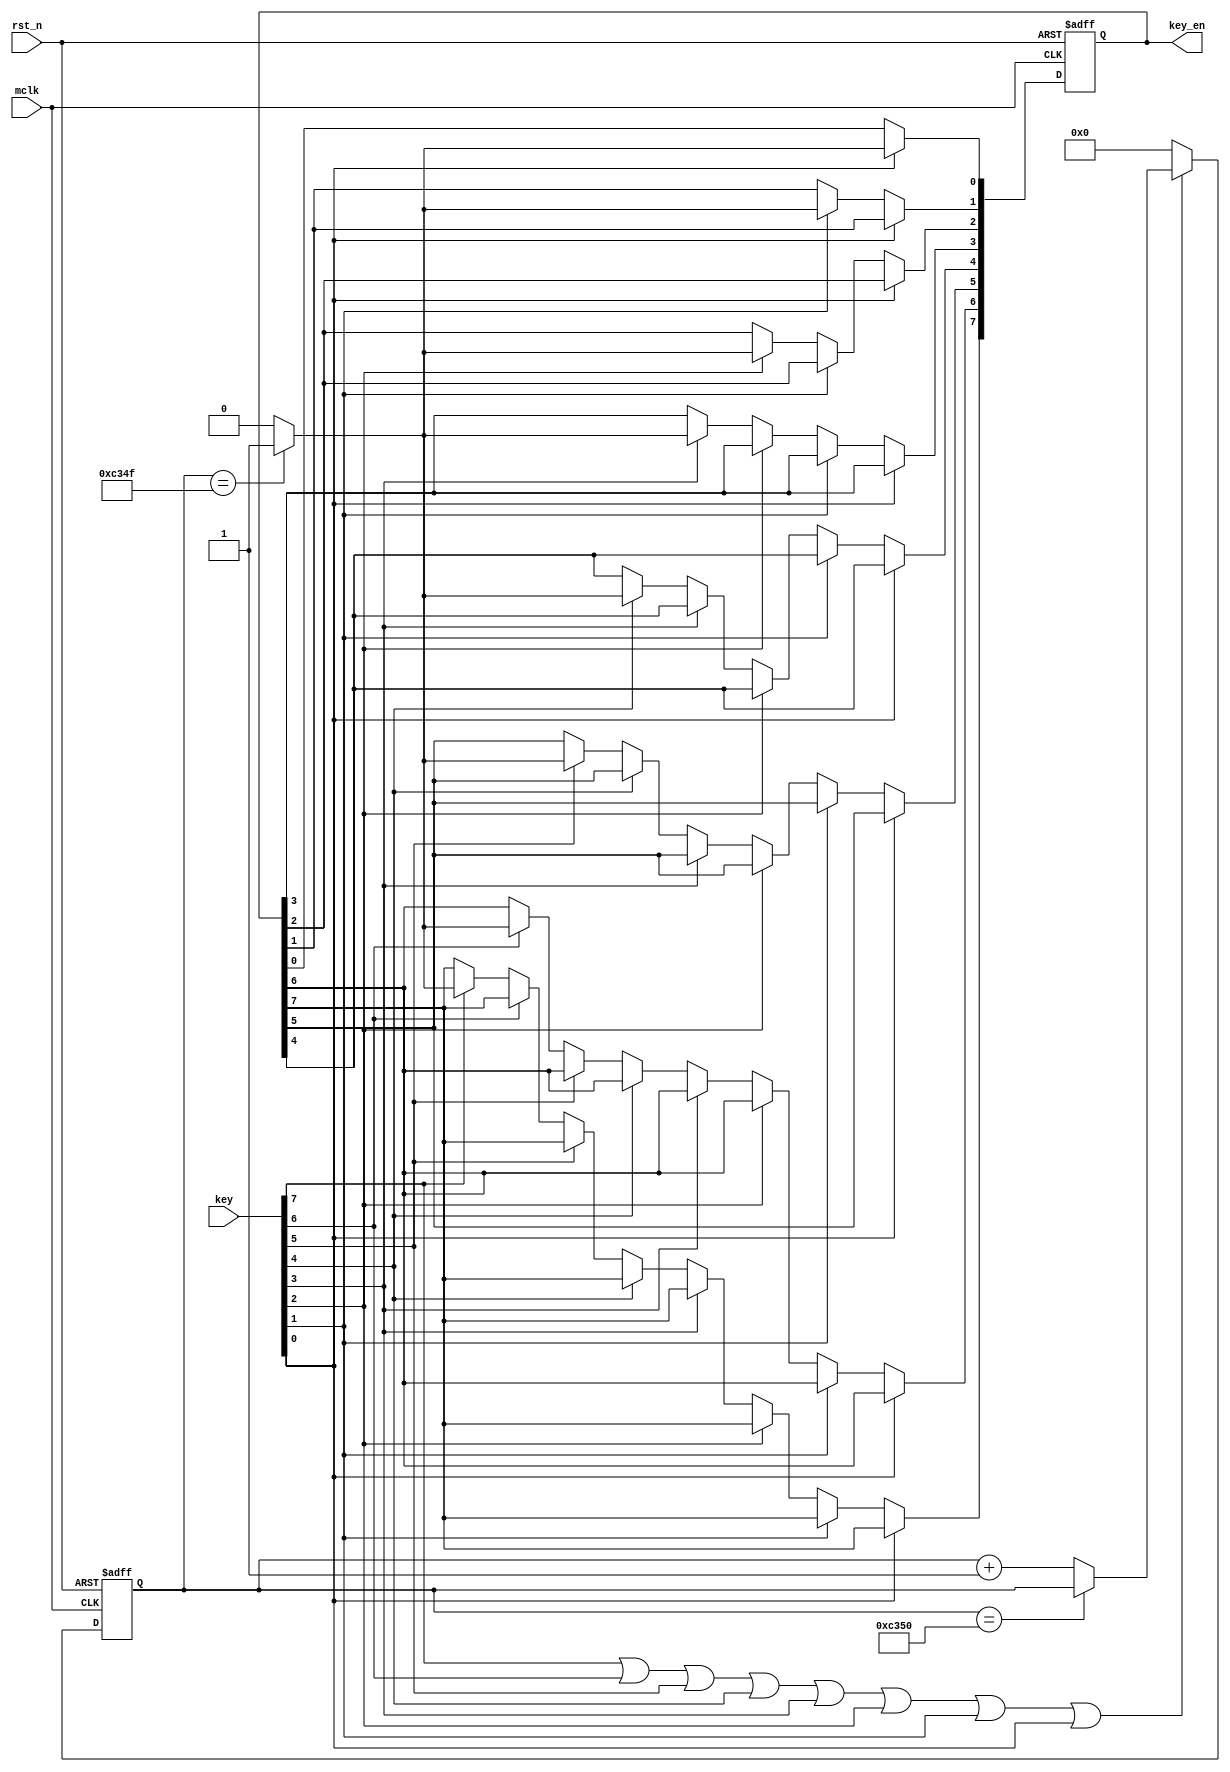
`timescale 1ns / 1ps
//////////////////////////////////////////////////////////////////////////////////
// Company: 
// Engineer: 
// 
// Design Name: 
// Module Name: anti_vibration
// Project Name: 
// Target Devices: 
// Tool Versions: 
// Description: 
// 
// Dependencies: 
// 
// Revision:
// Revision 0.01 - File Created
// Additional Comments:
// 
//////////////////////////////////////////////////////////////////////////////////


module anti_vibration(
    input wire[7:0] key,
    output reg[7:0] key_en,
    input wire mclk,
    input wire rst_n
    );
	
	parameter DURATION = 50_000;
	reg [15:0] cnt; 
	
	wire ken_enable;
	assign ken_enable = key[7] | key[6] | key[5] | key[4] | key[3] | key[2] | key[1] | key[0];
	
	always @(posedge mclk or negedge rst_n)
	begin
		if(!rst_n)
			cnt <= 11'd0;
		else if(ken_enable == 1) begin
			if(cnt == DURATION)
				cnt <= cnt;
			else 
				cnt <= cnt + 1'b1;
			end
		else
			cnt <= 16'b0;
	end
	
	always @(posedge mclk or negedge rst_n) 
	begin
		if(!rst_n) key_en <= 8'd0;
		else if(key[0]) key_en[0] <= (cnt == DURATION-1'b1) ? 1'b1 : 1'b0;
		else if(key[1]) key_en[1] <= (cnt == DURATION-1'b1) ? 1'b1 : 1'b0;
		else if(key[2]) key_en[2] <= (cnt == DURATION-1'b1) ? 1'b1 : 1'b0;
		else if(key[3]) key_en[3] <= (cnt == DURATION-1'b1) ? 1'b1 : 1'b0;
		else if(key[4]) key_en[4] <= (cnt == DURATION-1'b1) ? 1'b1 : 1'b0;
		else if(key[5]) key_en[5] <= (cnt == DURATION-1'b1) ? 1'b1 : 1'b0;
		else if(key[6]) key_en[6] <= (cnt == DURATION-1'b1) ? 1'b1 : 1'b0;
		else if(key[7]) key_en[7] <= (cnt == DURATION-1'b1) ? 1'b1 : 1'b0;
		else key_en <= key_en;
	end
	
endmodule